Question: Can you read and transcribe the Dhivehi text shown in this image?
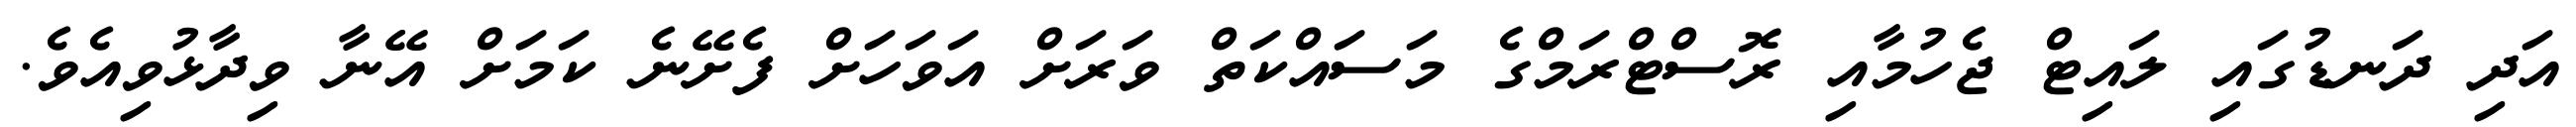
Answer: އަދި ދަނޑުގައި ލައިޓް ޖެހުމާއި ރޮސްޓްރަމްގެ މަސައްކަތް ވަރަށް އަވަހަށް ފެށޭނެ ކަމަށް އޭނާ ވިދާޅުވިއެވެ.